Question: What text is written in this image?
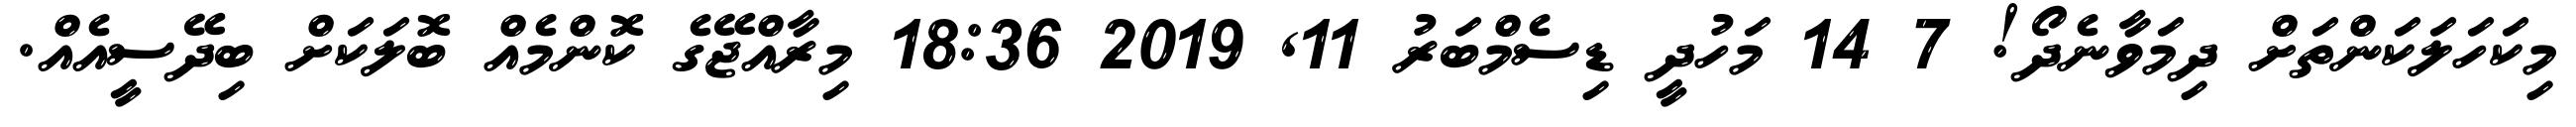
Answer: މިކަހަލަކަންތަށް ދިމަވާނެދޯ! 7 14 މަހުދީ ޑިސެމްބަރު 11, 2019 18:36 މިރާއްޖޭގެ ކޮންމެއް ބޮލަކަށް ބިދޭސީއެއް.